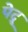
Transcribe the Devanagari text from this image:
पेद्रू